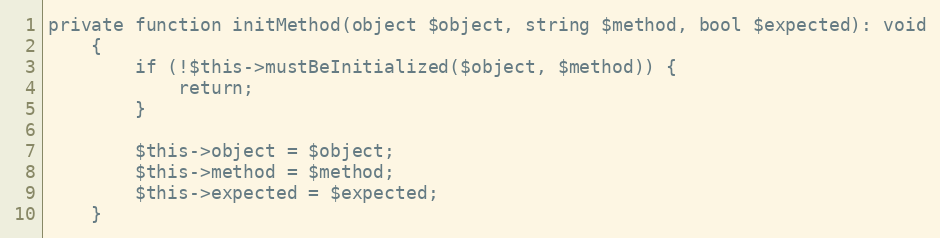
Language: PHP
private function initMethod(object $object, string $method, bool $expected): void
    {
        if (!$this->mustBeInitialized($object, $method)) {
            return;
        }

        $this->object = $object;
        $this->method = $method;
        $this->expected = $expected;
    }